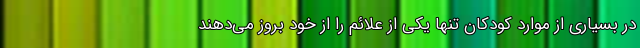
در بسیاری از موارد کودکان تنها یکی از علائم را از خود بروز می‌دهند